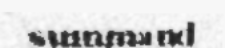
summand